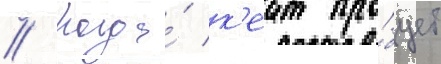
// Когда́ к'еит про́бует